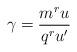
LaTeX: \begin{align*}\gamma = \frac {m^r u}{q^r u'}\end{align*}